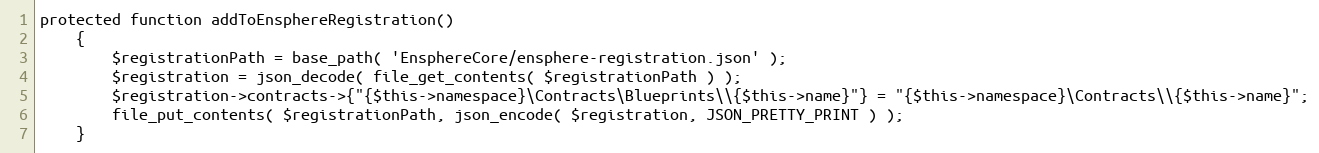
Language: PHP
protected function addToEnsphereRegistration()
	{
		$registrationPath = base_path( 'EnsphereCore/ensphere-registration.json' );
		$registration = json_decode( file_get_contents( $registrationPath ) );
		$registration->contracts->{"{$this->namespace}\Contracts\Blueprints\\{$this->name}"} = "{$this->namespace}\Contracts\\{$this->name}";
		file_put_contents( $registrationPath, json_encode( $registration, JSON_PRETTY_PRINT ) );
	}